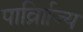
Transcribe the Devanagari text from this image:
पार्व्राािज्य